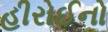
હીરોઈનો